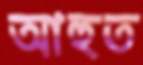
আহুত